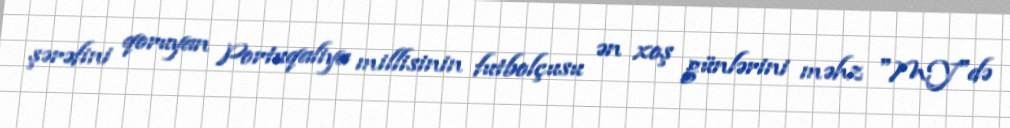
şərəfini qoruyan Portuqaliya millisinin futbolçusu ən xoş günlərini məhz "MY"də